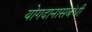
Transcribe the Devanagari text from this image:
योगदानासंबंधी